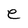
Character: e